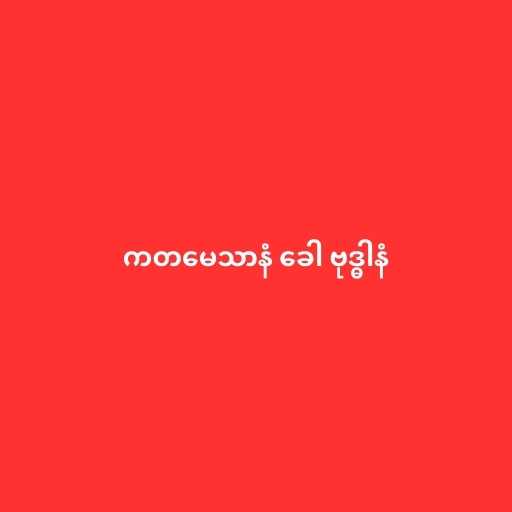
ကတမေသာနံ ခေါ ဗုဒ္ဓါနံ